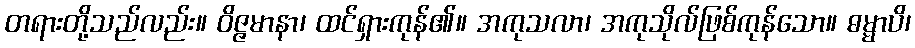
တရားတို့သည်လည်း။ ဝိဇ္ဇမာနာ၊ ထင်ရှားကုန်၏။ အကုသလာ၊ အကုသိုလ်ဖြစ်ကုန်သော။ ဓမ္မာပိ၊